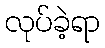
လုပ်ခဲ့ရာ